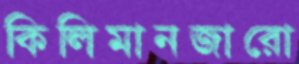
কিলিমানজারো